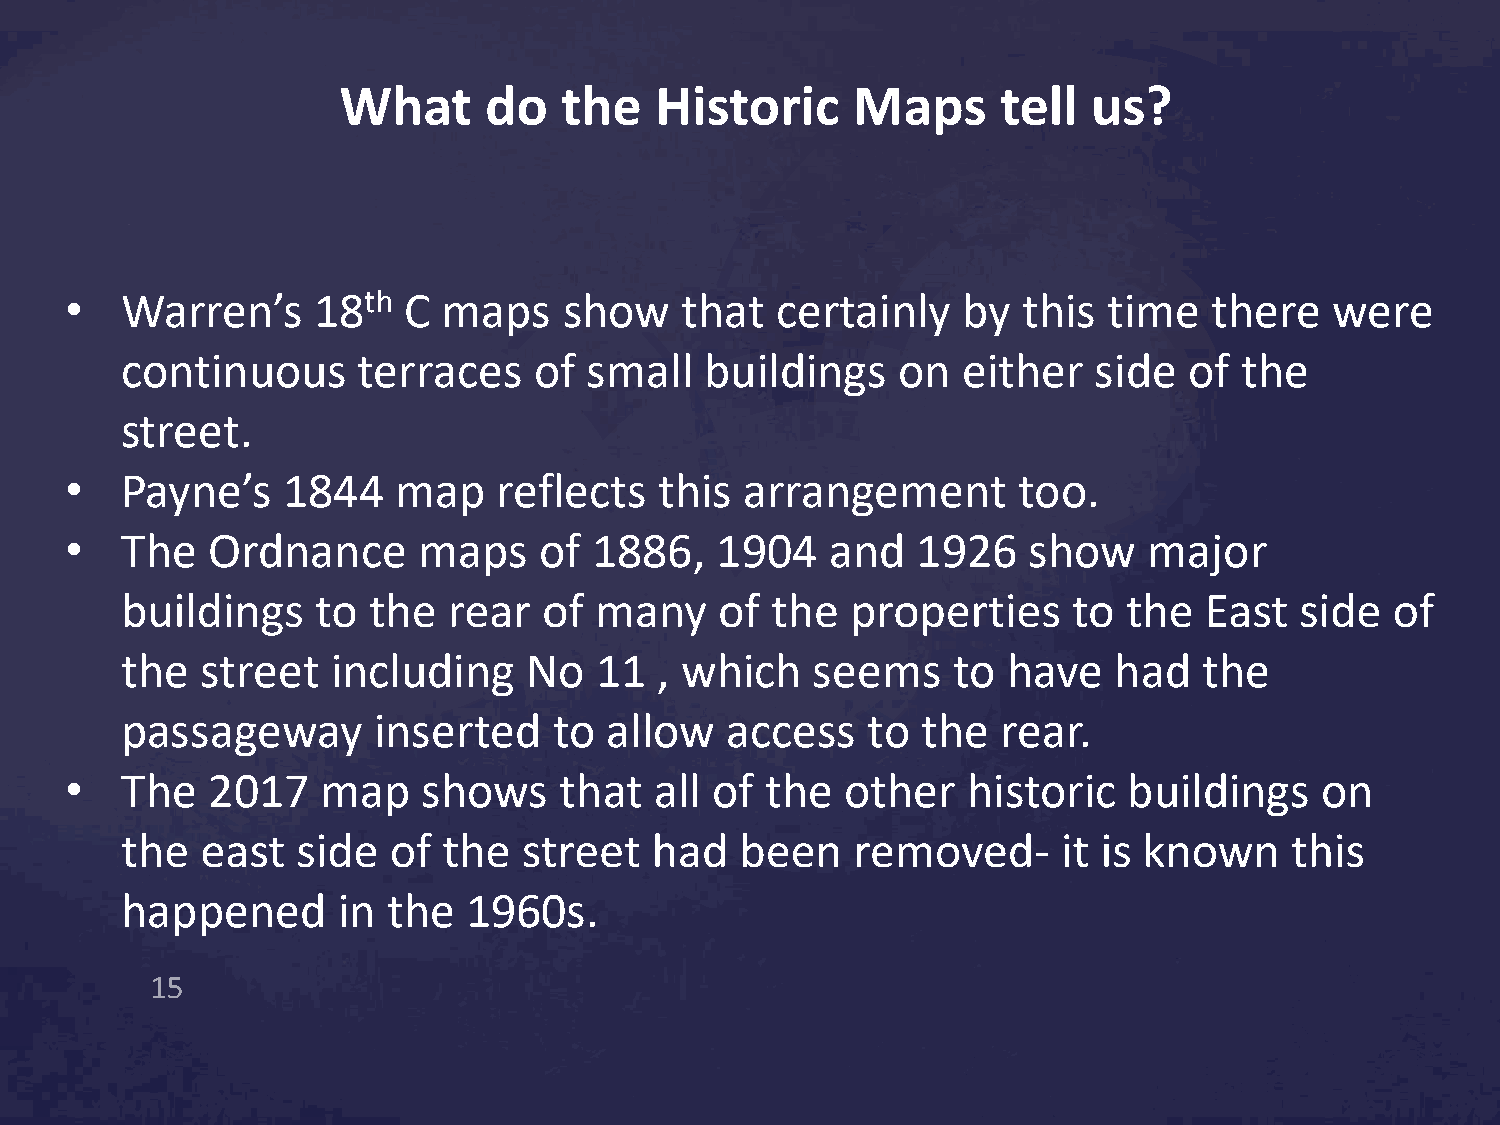
What      do   the   Historic     Maps      tell  us?
 •   Warren’s     18th  C maps    show    that  certainly    by  this time   there   were
 continuous      terraces   of  small   buildings   on   either  side   of the
 street.
 •   Payne’s    1844   map    reflects   this arrangement       too.
 •   The   Ordnance      maps    of 1886,   1904    and   1926   show    major
 buildings    to the   rear  of many     of the  properties     to  the  East  side  of
 the  street   including    No  11   , which   seems    to  have   had   the
 passageway       inserted    to allow   access   to  the  rear.
 •   The   2017   map    shows    that  all of  the  other   historic   buildings   on
 the  east   side  of the   street  had   been   removed-      it is known    this
 happened      in  the  1960s.